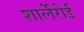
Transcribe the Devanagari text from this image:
शार्लेरोई